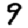
Digit: 9